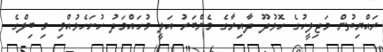
ރައްޔިތުން މަޖިލީހުގެ ހޮޅުދޫ ދާއިރާގެ މެންބަރު އަލީ މުހައްމަދު ހުށަހެޅުއްވި މި ބިލްގެ